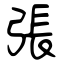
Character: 張